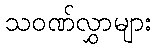
သဝဏ်လွှာများ